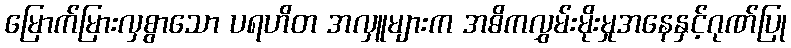
မြောက်မြားလှစွာသော ပရဟိတ အလှူများက အဓိကလွှမ်းမိုးမှုအနေနှင့်ဂုဏ်ပြု